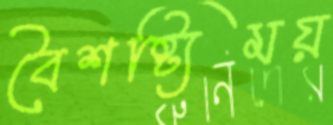
বৈশষ্ট্যিময়